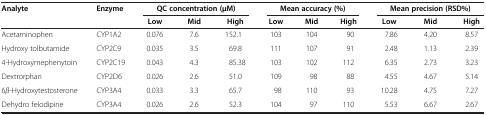
<table><thead><tr><td rowspan="2"><b>Analyte</b></td><td rowspan="2"><b>Enzyme</b></td><td colspan="3"><b>QC concentration (μM)</b></td><td colspan="3"><b>Mean accuracy (%)</b></td><td colspan="3"><b>Mean precision (RSD%)</b></td></tr><tr><td><b>Low</b></td><td><b>Mid</b></td><td><b>High</b></td><td><b>Low</b></td><td><b>Mid</b></td><td><b>High</b></td><td><b>Low</b></td><td><b>Mid</b></td><td><b>High</b></td></tr></thead><tbody><tr><td>Acetaminophen</td><td>CYP1A2</td><td>0.076</td><td>7.6</td><td>152.1</td><td>103</td><td>104</td><td>90</td><td>7.86</td><td>4.20</td><td>8.57</td></tr><tr><td>Hydroxy tolbutamide</td><td>CYP2C9</td><td>0.035</td><td>3.5</td><td>69.8</td><td>111</td><td>107</td><td>91</td><td>2.48</td><td>1.13</td><td>2.39</td></tr><tr><td>4-Hydroxymephenytoin</td><td>CYP2C19</td><td>0.043</td><td>4.3</td><td>85.38</td><td>103</td><td>102</td><td>112</td><td>6.35</td><td>2.73</td><td>3.23</td></tr><tr><td>Dextrorphan</td><td>CYP2D6</td><td>0.026</td><td>2.6</td><td>51.0</td><td>109</td><td>98</td><td>88</td><td>4.55</td><td>4.67</td><td>5.14</td></tr><tr><td>6<i>β</i>-Hydroxytestosterone</td><td>CYP3A4</td><td>0.033</td><td>3.3</td><td>65.7</td><td>98</td><td>110</td><td>93</td><td>10.28</td><td>4.75</td><td>7.27</td></tr><tr><td>Dehydro felodipine</td><td>CYP3A4</td><td>0.026</td><td>2.6</td><td>52.3</td><td>104</td><td>97</td><td>110</td><td>5.53</td><td>6.67</td><td>2.67</td></tr></tbody></table>